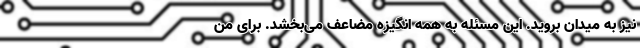
نیز به میدان بروید. این مسئله به همه انگیزه مضاعف می‌بخشد. برای من